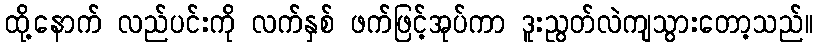
ထို့နောက် လည်ပင်းကို လက်နှစ် ဖက်ဖြင့်အုပ်ကာ ဒူးညွတ်လဲကျသွားတော့သည်။